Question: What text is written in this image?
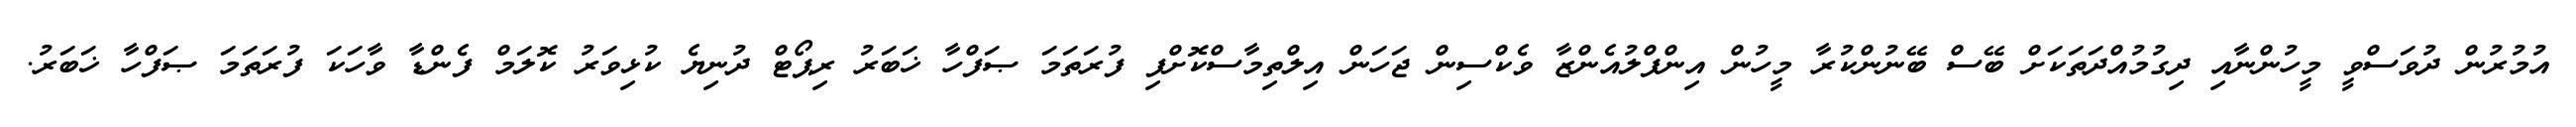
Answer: އުމުރުން ދުވަސްވީ މީހުންނާއި ދިގުމުއްދަތަކަށް ބޭސް ބޭނުންކުރާ މީހުން އިންފްލުއެންޒާ ވެކްސިން ޖަހަން އިލްތިމާސްކޮށްފި ފުރަތަމަ ޞަފްހާ ޚަބަރު ރިޕޯޓް ދުނިޔެ ކުޅިވަރު ކޮލަމް ފެންޑާ ވާހަކަ ފުރަތަމަ ޞަފްހާ ޚަބަރު.